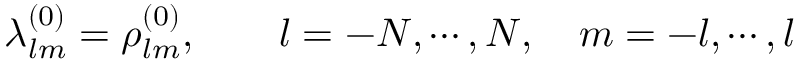
\lambda _ { l m } ^ { ( 0 ) } = \rho _ { l m } ^ { ( 0 ) } , \qquad l = - N , \cdots , N , \quad m = - l , \cdots , l